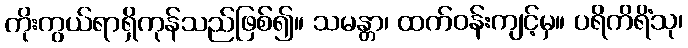
ကိုးကွယ်ရာရှိကုန်သည်ဖြစ်၍။ သမန္တာ၊ ထက်ဝန်းကျင့်မှ။ ပရိကိရိံသု၊